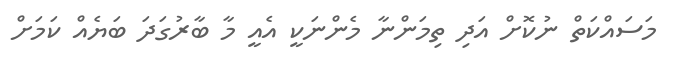
މަސައްކަތް ނުކޮށް އަދި ތިމަންނާ މެންނަކީ އެއީ މާ ބާރުގަދަ ބަޔެއް ކަމަށް